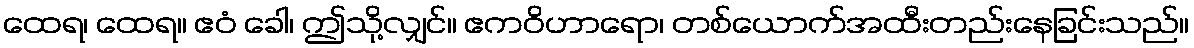
ထေရ၊ ထေရ။ ဧဝံ ခေါ၊ ဤသို့လျှင်။ ဧကဝိဟာရော၊ တစ်ယောက်အထီးတည်းနေခြင်းသည်။